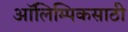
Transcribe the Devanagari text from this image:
ऑलिम्पिकसाठी